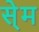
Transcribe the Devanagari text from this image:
से्म